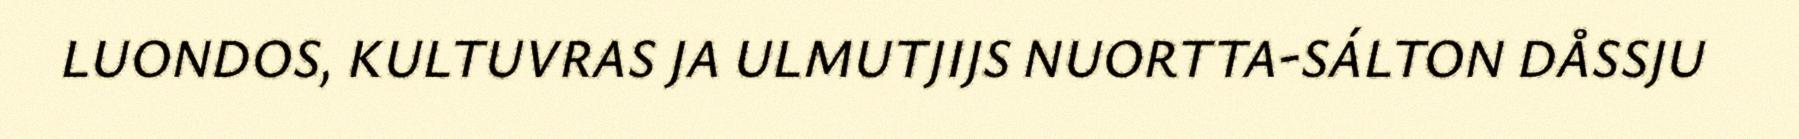
LUONDOS, KULTUVRAS JA ULMUTJIJS NUORTTA-SÁLTON DÅSSJU